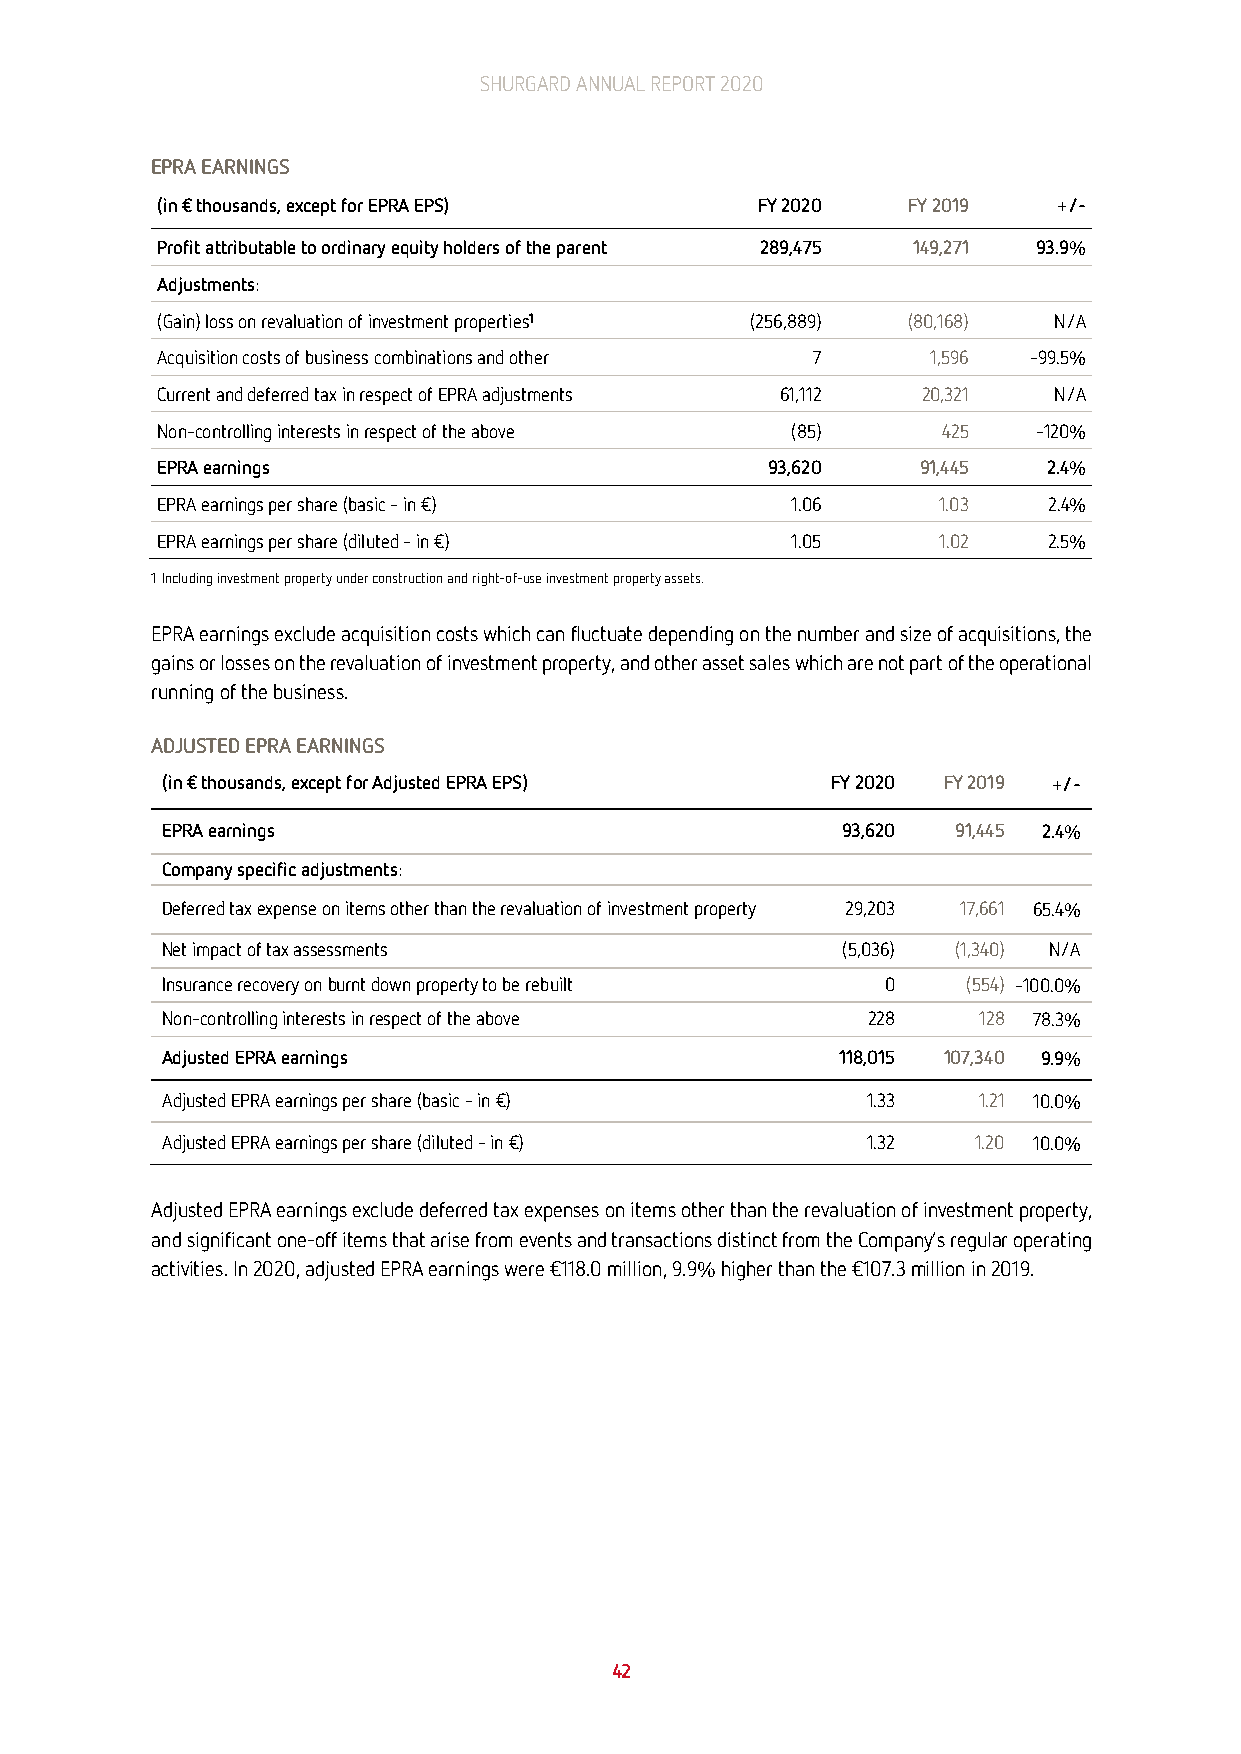
SHURGARD ANNUAL REPORT 2020
 EPRA EARNINGS
 (in € thousands, except for EPRA EPS)   FY 2020   FY 2019   +/-
 Profit attributable to ordinary equity holders of the parent 289,475 149,271 93.9%
 Adjustments:
 (Gain) loss on revaluation of investment properties1 (256,889) (80,168) N/A
 Acquisition costs of business combinations and other 7 1,596 -99.5%
 Current and deferred tax in respect of EPRA adjustments 61,112 20,321 N/A
 Non-controlling interests in respect of the above (85) 425 -120%
 EPRA earnings                            93,620    91,445  2.4%
 EPRA earnings per share (basic - in €)    1.06      1.03   2.4%
 EPRA earnings per share (diluted - in €)  1.05      1.02   2.5%
 1 Including investment property under construction and right-of-use investment property assets.
 EPRA earnings exclude acquisition costs which can fluctuate depending on the number and size of acquisitions, the
 gains or losses on the revaluation of investment property, and other asset sales which are not part of the operational
 running of the business.
 ADJUSTED EPRA EARNINGS
 (in € thousands, except for Adjusted EPRA EPS) FY 2020 FY 2019 +/-
 EPRA earnings                                93,620 91,445 2.4%
 Company specific adjustments:
 Deferred tax expense on items other than the revaluation of investment property 29,203 17,661 65.4%
 Net impact of tax assessments                (5,036) (1,340) N/A
 Insurance recovery on burnt down property to be rebuilt 0 (554) -100.0%
 Non-controlling interests in respect of the above 228 128 78.3%
 Adjusted EPRA earnings                      118,015 107,340 9.9%
 Adjusted EPRA earnings per share (basic - in €) 1.33  1.21 10.0%
 Adjusted EPRA earnings per share (diluted - in €) 1.32 1.20 10.0%
 Adjusted EPRA earnings exclude deferred tax expenses on items other than the revaluation of investment property,
 and significant one-off items that arise from events and transactions distinct from the Company’s regular operating
 activities. In 2020, adjusted EPRA earnings were €118.0 million, 9.9% higher than the €107.3 million in 2019.
 42